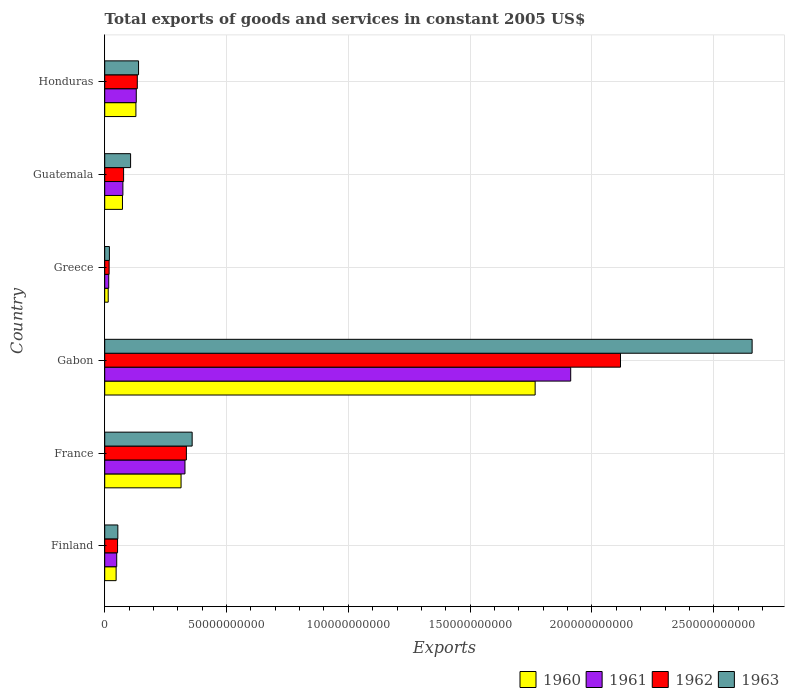
| Country | 1960 | 1961 | 1962 | 1963 |
 | --- | --- | --- | --- | --- |
 | Finland | 4.68e+09 | 4.92e+09 | 5.27e+09 | 5.39e+09 |
 | France | 3.13e+10 | 3.29e+10 | 3.35e+10 | 3.59e+10 |
 | Gabon | 1.77e+11 | 1.91e+11 | 2.12e+11 | 2.66e+11 |
 | Greece | 1.43e+09 | 1.64e+09 | 1.81e+09 | 1.93e+09 |
 | Guatemala | 7.29e+09 | 7.46e+09 | 7.75e+09 | 1.06e+10 |
 | Honduras | 1.28e+10 | 1.3e+10 | 1.34e+10 | 1.39e+10 |